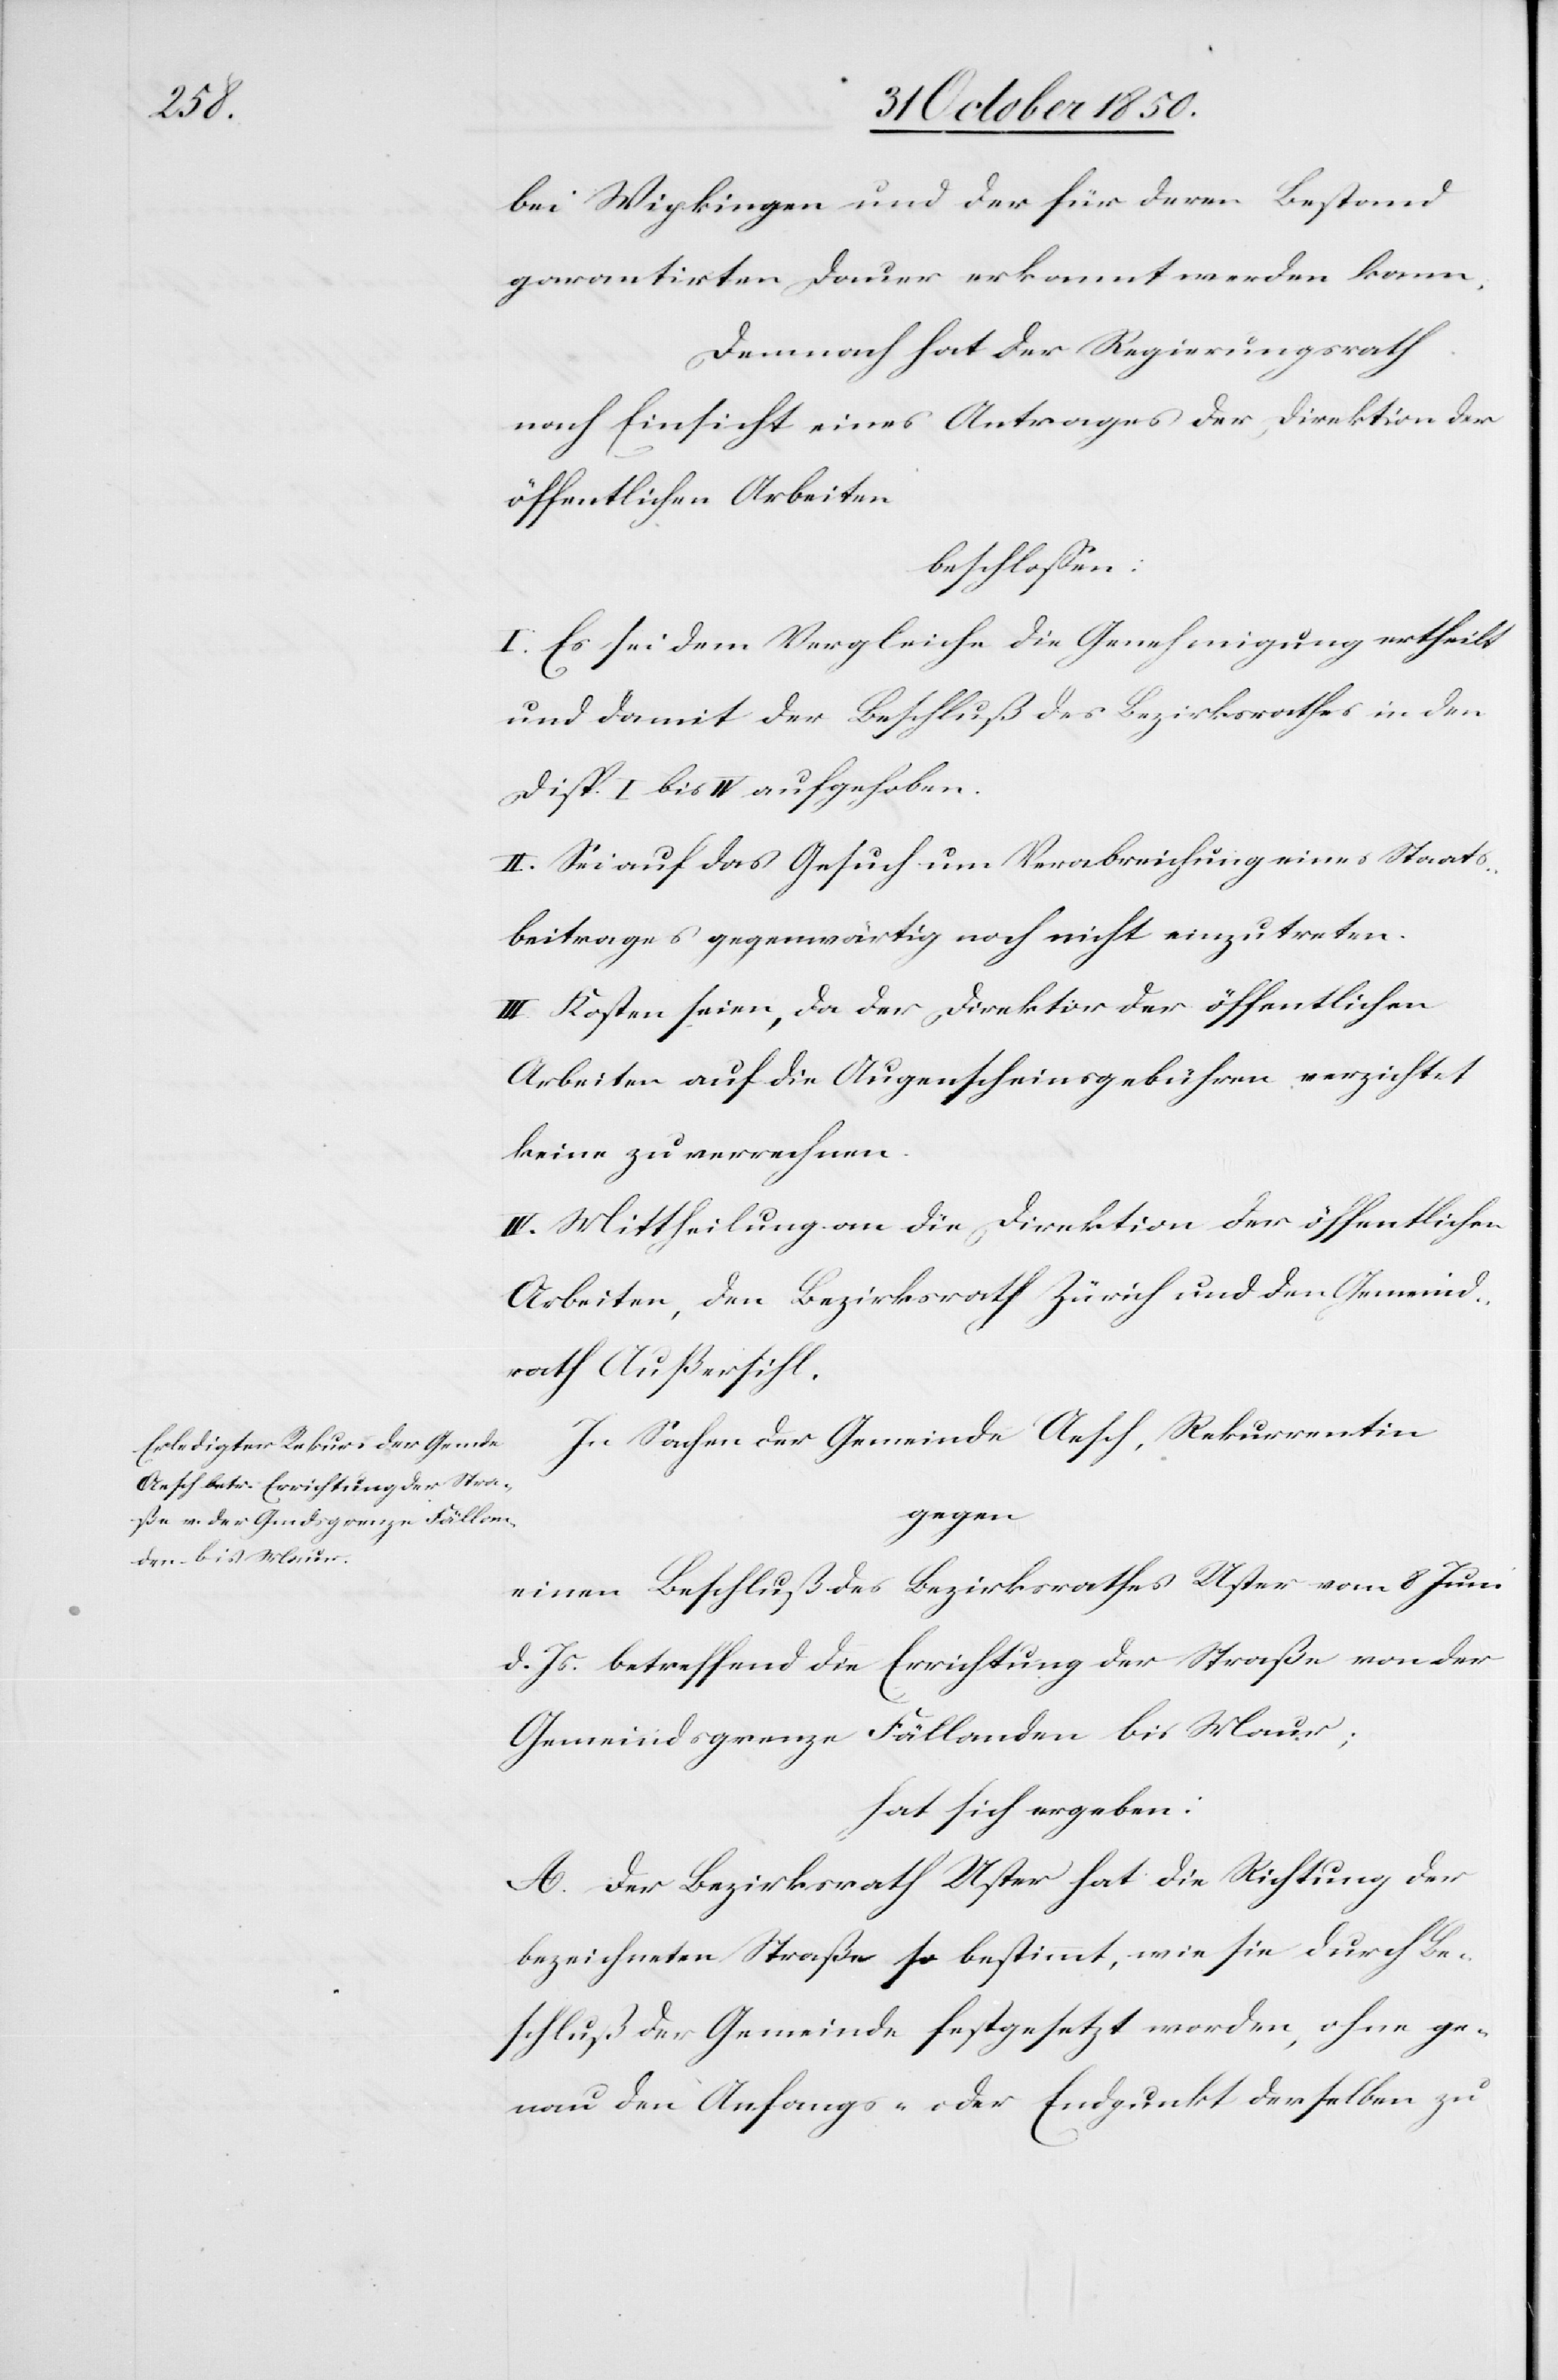
bei Wipkingen und der für deren Bestand
garantirten Dauer erkannt werden kann.
Demnach hat der Regierungsrath
nach Einsicht eines Antrages der Direktion der
öffentlichen Arbeiten
beschlossen:
I. Es sei dem Vergleiche die Genehmigung ertheilt
und damit der Beschluß des Bezirksrathes in den
Disp. I bis IV aufgehoben.
II. Sei auf das Gesuch um Verabreichung eines Staats¬
beitrages gegenwärtig noch nicht einzutreten.
III. Kosten seien, da der Direktor der öffentlichen
Arbeiten auf die Augenscheinsgebühren verzichtet
keine zu verrechnen.
IV. Mittheilung an die Direktion der öffentlichen
Arbeiten, den Bezirksrath Zürich und den Gemeind¬
rath Außersihl.
In Sachen der Gemeinde Aesch, Rekurrentin
gegen
einen Beschluß des Bezirksrathes Uster vom 8 Juni
d. Js. betreffend die Errichtung der Straße von der
Gemeindsgrenze Fällanden bis Maur;
hat sich ergeben:
A. Der Bezirksrath Uster hat die Richtung der
bezeichneten Straße so bestimmt, wie sie durch Be¬
schluß der Gemeinde festgesetzt worden, ohne ge¬
nau den Anfangs- oder Endpunkt derselben zu